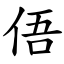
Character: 俉